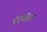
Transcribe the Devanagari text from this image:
दुर्र्मीळ